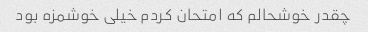
چقدر خوشحالم که امتحان کردم خیلی خوشمزه بود